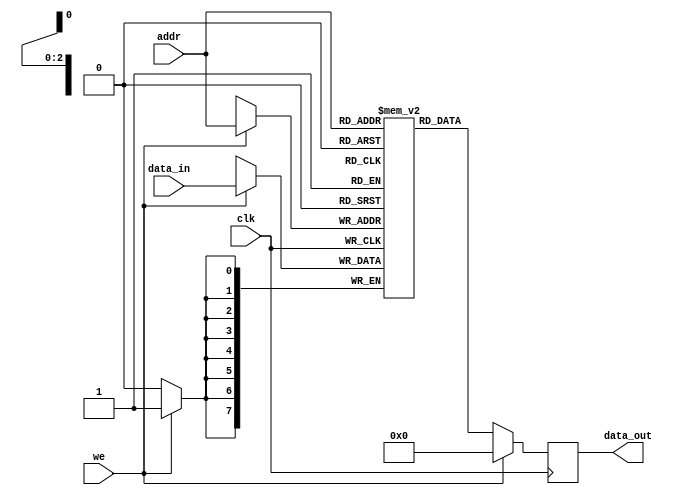
`timescale 1ns / 1ps
//////////////////////////////////////////////////////////////////////////////////
// Company: 
// Engineer: 
// 
// Design Name: 
// Module Name: RAM_1_1
// Project Name: 
// Target Devices: 
// Tool Versions: 
// Description: 
// 
// Dependencies: 
// 
// Revision:
// Revision 0.01 - File Created
// Additional Comments:
// 
//////////////////////////////////////////////////////////////////////////////////

//
module RAM_1_1(data_in,addr,we,clk,data_out);
    parameter data_width=8;   //
    parameter addr_width=3;   //
    parameter RAM_depth=1<<addr_width;   //
    input[data_width-1:0] data_in;
    input[addr_width-1:0] addr;
    input we;
    input clk;
    output reg [data_width-1:0] data_out;
    reg [data_width-1:0] mem [RAM_depth-1:0];
    always@ (posedge clk) begin
        if (we)   begin        //
            mem[addr]<=data_in;   //
            data_out<=0;
        end
        else begin
            data_out<=mem[addr];  //
        end
    end
endmodule